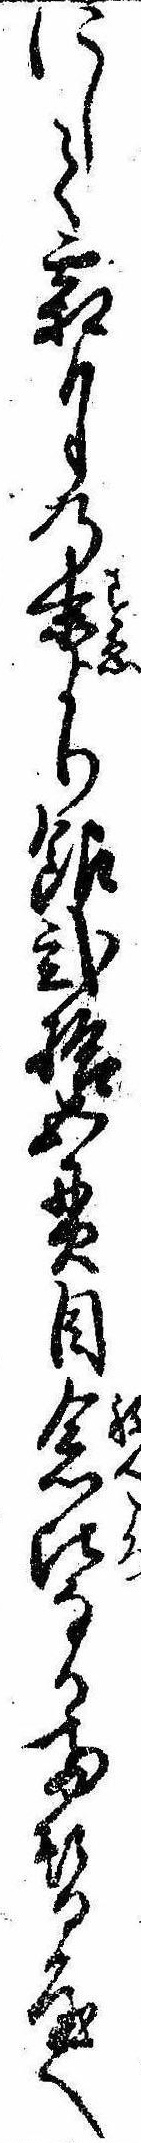
にして霜月の末より銀弐拾五貫目念比なる両替屋へ